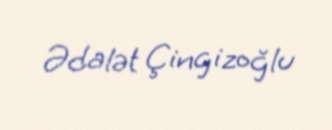
Ədalət Çingizoğlu